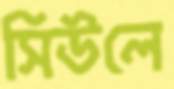
সিউলে